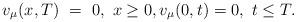
LaTeX: \begin{align*}v_\mu(x,T) \ = \ 0, \ x\ge 0, v_\mu(0,t)=0, \ t \le T. \end{align*}